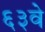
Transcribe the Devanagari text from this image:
६३वे